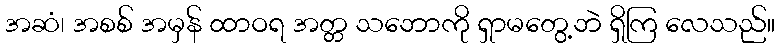
အဆံ၊ အစစ် အမှန် ထာဝရ အတ္တ သဘောကို ရှာမတွေ့ဘဲ ရှိကြ လေသည်။